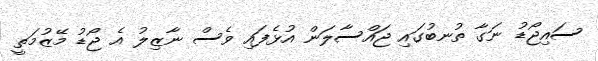
ސައިޖޯޑު ނަގާ ތުނބުގައި ޖައްސާލަން އުޅެފައި ވެސް ނާޒިލު އެ ޖޯޑު މޭޒުމަތީ